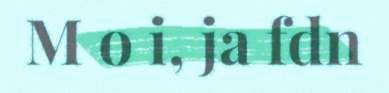
M o i, ja fdn